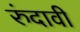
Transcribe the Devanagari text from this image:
रुंदावी